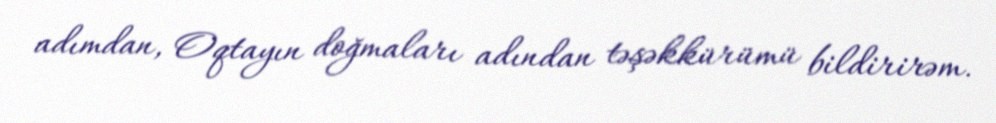
adımdan, Oqtayın doğmaları adından təşəkkürümü bildirirəm.